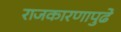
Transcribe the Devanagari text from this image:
राजकारणापुढे